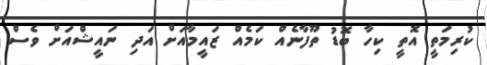
ކުރިމަތީ އޮތީ ކިހާ ބޮޑު ތޫފާނެއް ކަމެއް ޒައީމާއަށް އަދި ނައީޝްއަށް ވެސް